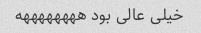
خیلی عالی بود ههههههههه